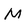
Character: M